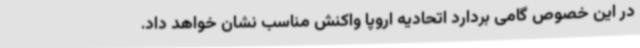
در این خصوص گامی بردارد اتحادیه اروپا واکنش مناسب نشان خواهد داد.